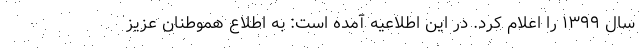
سال ۱۳۹۹ را اعلام کرد. در این اطلاعیه آمده است: به اطلاع هموطنان عزیز